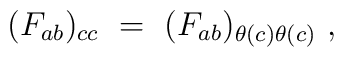
(F_{ab})_{cc}~=~(F_{ab})_{\theta(c)\theta(c)}~,